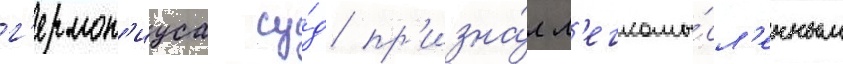
г'ермон'иуса су́д пр'изна́л л'егкомы́сл'енным